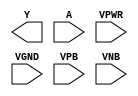
module sky130_fd_sc_hdll__clkinvlp (
    Y   ,
    A   ,
    VPWR,
    VGND,
    VPB ,
    VNB
);

    output Y   ;
    input  A   ;
    input  VPWR;
    input  VGND;
    input  VPB ;
    input  VNB ;
endmodule